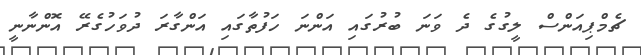
ޗެމްޕިއަންސް ލީގުގެ ދެ ވަނަ ބުރުގައި އަންނަ ހަފުތާގައި އަންގާރަ ދުވަހުގެރޭ އޮންނާނީ